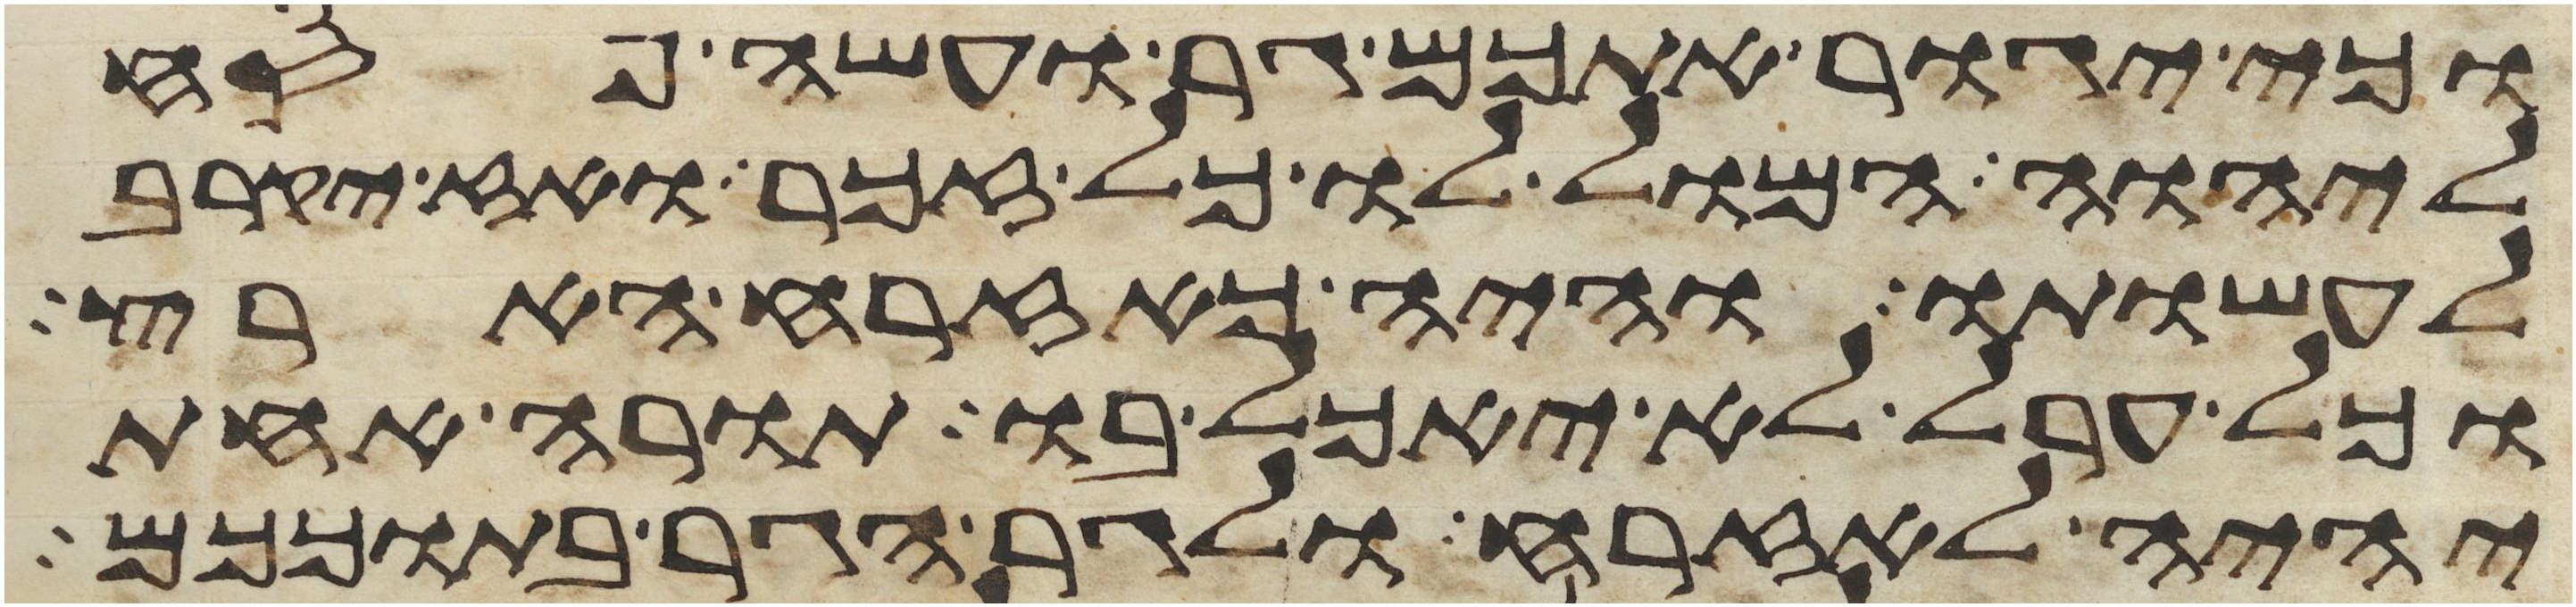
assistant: וכי יגור אתכם גר ועשה פסח
ליהוה המול לו כל זכר ואז יקרב
לעשותו והיה כאזרח הארץ
וכל ערל לא יאכל בו תורה אחת
יהיה לאזרח ולגר הגר בתוככם